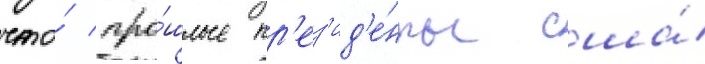
что́ про́шлые пр'ез'ид'е́нты сша́